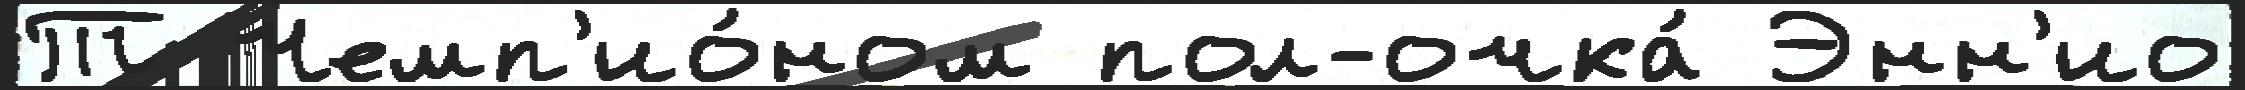
Т Чемп'ио́ном пол-очка́ Энн'ио